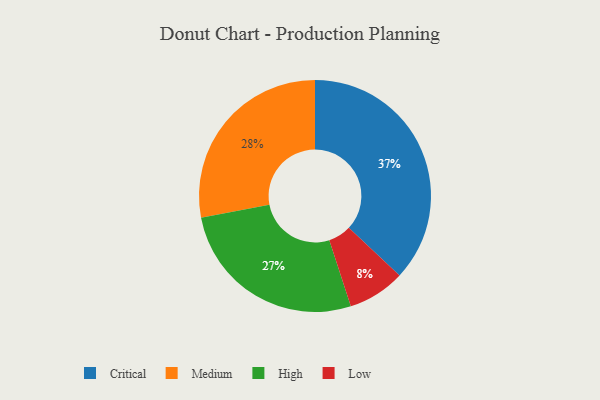
{"axis": {"x": "Category", "y": "Percentage"}, "legend": ["Critical", "High", "Low", "Medium"], "data": [{"x": "Low", "y": 8, "type": "Low"}, {"x": "Medium", "y": 28, "type": "Medium"}, {"x": "Critical", "y": 37, "type": "Critical"}, {"x": "High", "y": 27, "type": "High"}]}